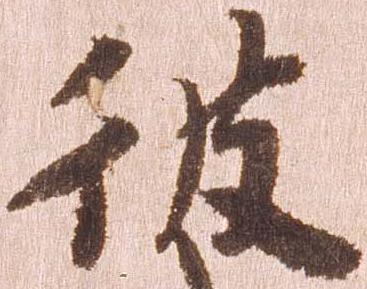
彼